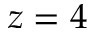
z = 4